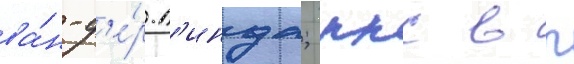
ва́н-д'е́р-л'инда; ккс в п